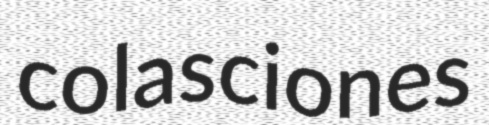
colasciones